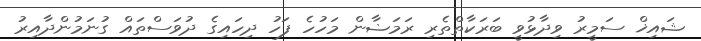
ޝައިޚް ސަމީރު ވިދާޅުވީ ބަރަކާތްތެރި ރަމަޟާން މަހުހެ ފަހު ދިހައިގެ ދުވަސްތައް ގުނަމުންދާއިރު